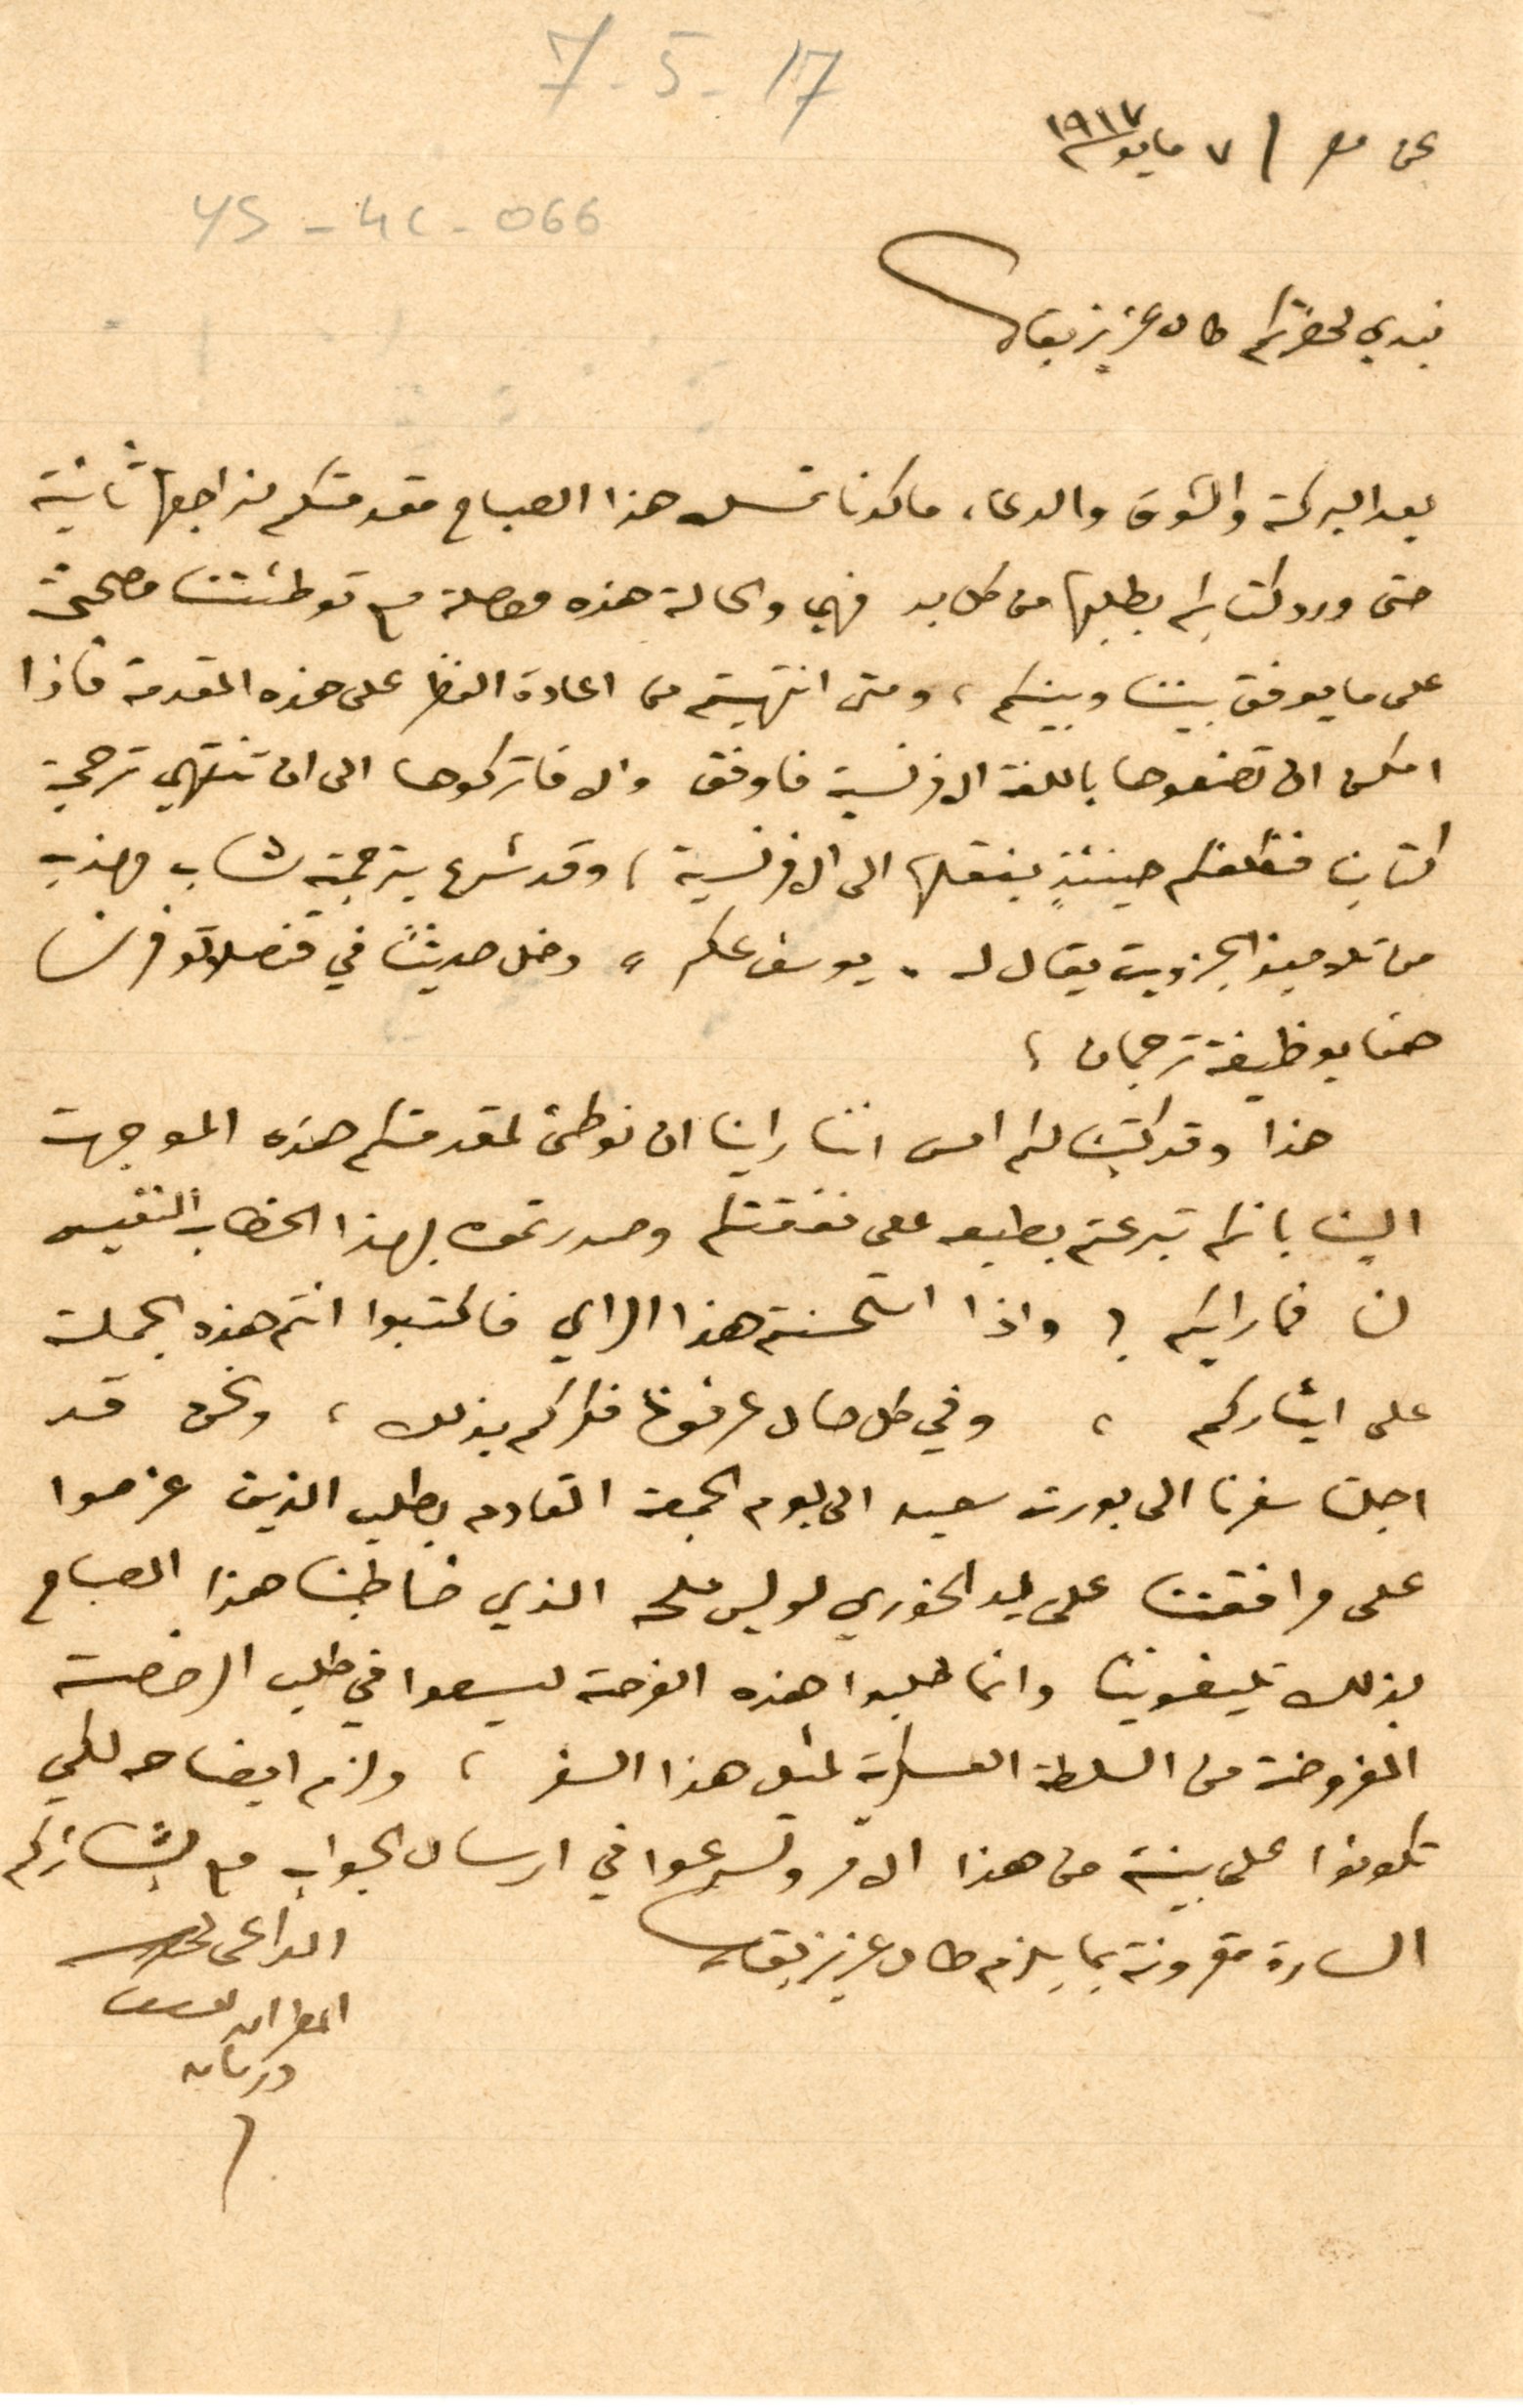
7 - 5 17
نبدي لحضرتكم طال عزيز بقاك
بعد البركة والشوق والدعاء ما كدنا نمسك هذا الصباح مقدمتكم نراجعها ثانية
حتى ورد كتابكم بطلبها من كل بد فهي والحالة هذه معصلة مع توطئتنا مصححتين
على ما يوفق بيننا وبينكم، ومتى انتهيتم من اعادة النظر على هذه المقدمة فاذا
امكن الى تضعوها باللغة الافرنسية فاوفق والا فاتركوها الى ان تنتهي ترجمة
كتابنا فنكلفكم حينئذٍ بنقلها الى الافرنسية، وقد شرع بترجمته شاب مهذب
من تلاميذ الجزويت يقال له"يوسف عكر" دخل حديثًا في قنصلاتو فرنسا
هنا بوظيفة ترجمان،
هذا وقد كتبنا لكم امس اننا راينا ان نوطئ لمقدمتكم هذه الموجهة
الينا بانكم تبرعتم بطبعه على نفقتكم وصدرتموه بهذا الخطاب النفيس
لنا فمارايكم؟ واذا استحسنتم هذا الراي فاكتبوا انتم هذا الجملة
على ايثاركم، وفي كل حال عرفونا فكركم بذلك، ونحن قد
اجلنا سفرنا الى بورت سعيد الى يوم الجمعة القادم بطلب الذين عزموا
على مرافقتنا على يد الخوري لويس ملحه الذي خاطبنا هذا الصباح
بذلك تليفونيا وانما طلبوا هذه الفرصة ليسعوا في طلب الرخصة
المفروضة من السلطة العسكرية لنيل هذا السفر، ولزم ايضاحه لكي
تكونوا على بينة من هذا الامر وتسرعوا في ارسال الجواب مع بشائركم
السارة مقرونة بما يلزم طال عزيز بقاك الداعى
المطران يوسف
دريان
ys-4C - 066
عن مصر  ٧ مايو ١٩١٧